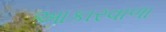
આકારવાળા